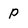
Character: P